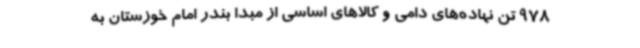
978 تن نهاده‌های دامی و کالاهای اساسی از مبدا بندر امام خوزستان به